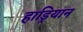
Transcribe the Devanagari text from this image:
हाड्रियान